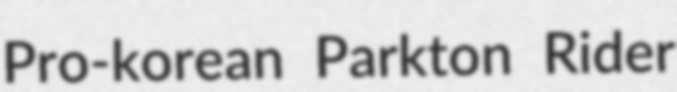
Pro-korean Parkton Rider